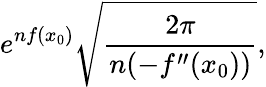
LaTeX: e^{nf(x_{0})}{\sqrt{\frac{2\pi}{n(-f^{\prime\prime}(x_{0}))}}},